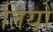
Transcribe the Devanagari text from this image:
तियों